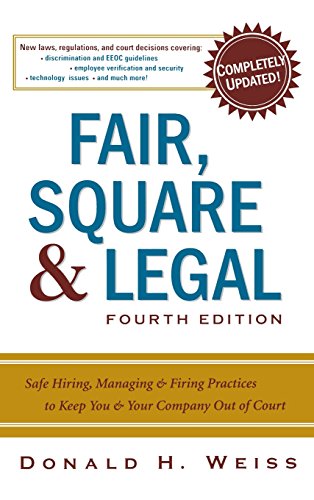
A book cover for Fair, Square & Legal: Safe Hiring, Managing & Firing Practices to Keep You & Your Company Out of Court; Donald H. Weiss; Law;